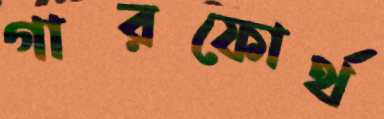
গারফোর্থ